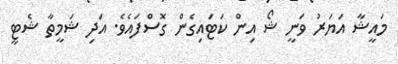
މައީޝާ އަޔަރު ވަނީ ޝޯ އިން ކަޓައިގެން ގޮސްފައެވެ. އަދި ޝަމީތާ ޝެޓީ